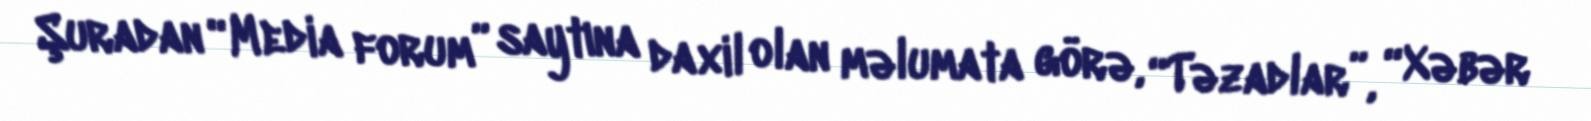
Şuradan “Media forum” saytına daxil olan məlumata görə, “Təzadlar”, “Xəbər